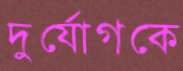
দুর্যোগকে